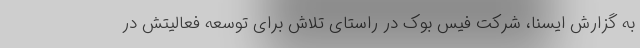
به گزارش ایسنا، شرکت فیس بوک در راستای تلاش برای توسعه فعالیتش در